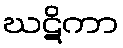
ဃဋိကာ